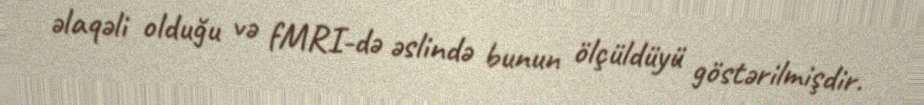
əlaqəli olduğu və fMRI-də əslində bunun ölçüldüyü göstərilmişdir.